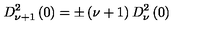
D _ { \nu + 1 } ^ { 2 } \left( 0 \right) = \pm \left( \nu + 1 \right) D _ { \nu } ^ { 2 } \left( 0 \right)